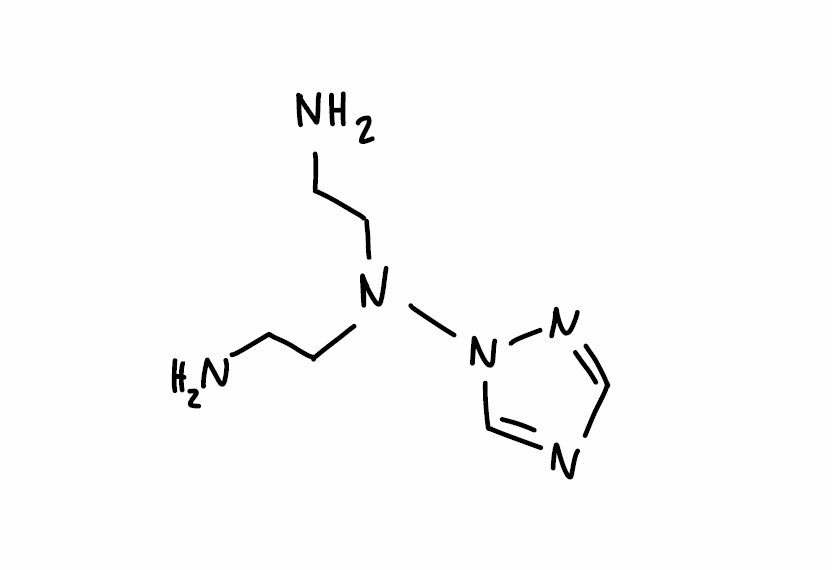
Simplified molecular-input line-entry system (SMILES) notation of the given molecule:
C1=NN(C=N1)N(CCN)CCN